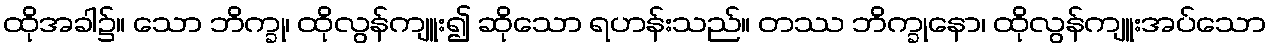
ထိုအခါ၌။ သော ဘိက္ခု၊ ထိုလွန်ကျူး၍ ဆိုသော ရဟန်းသည်။ တဿ ဘိက္ခုနော၊ ထိုလွန်ကျူးအပ်သော